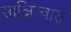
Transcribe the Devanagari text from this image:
साक्षित्वात्